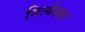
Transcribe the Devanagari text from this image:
नित्येश्वर